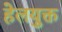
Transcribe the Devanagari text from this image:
हेलयुक्त